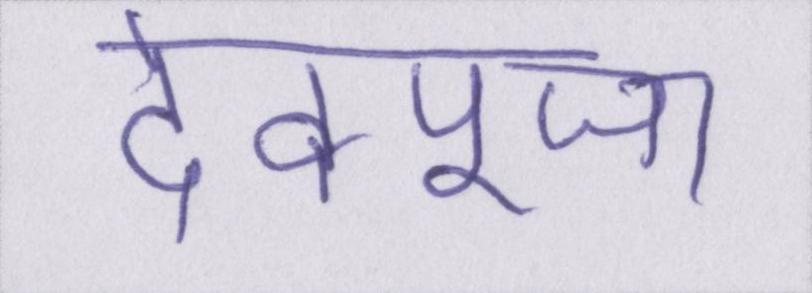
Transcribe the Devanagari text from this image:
देवपूजा